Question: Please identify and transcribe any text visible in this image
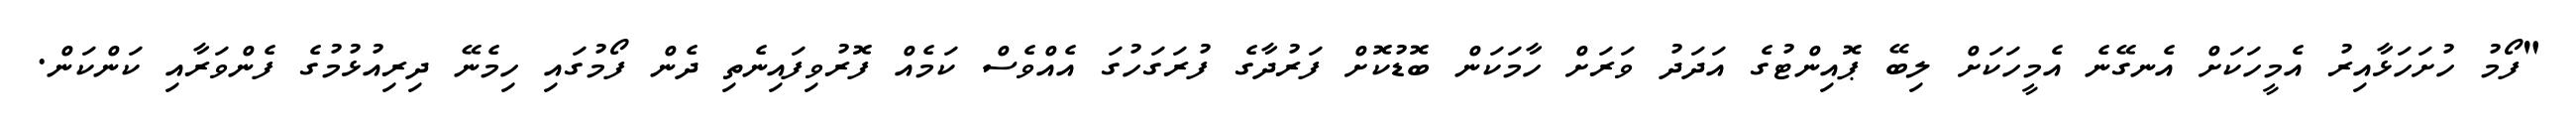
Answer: "ފޯމު ހުށަހަޅާއިރު އެމީހަކަށް އެނގޭނެ އެމީހަކަށް ލިބޭ ޕޮއިންޓުގެ އަދަދު ވަރަށް ހާމަކަން ބޮޑުކޮށް ފަރުދާގެ ފުރަގަހުގަ އެއްވެސް ކަމެއް ފޮރުވިފައިނެތި ދެން ފޯމުގައި ހިމެނޭ ދިރިއުޅުމުގެ ފެންވަރާއި ކަންކަން.